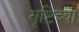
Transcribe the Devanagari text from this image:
सृष्टिच्या